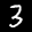
Label: 3